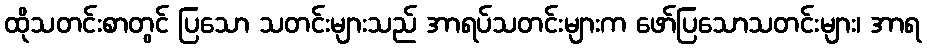
ထိုသတင်းစာတွင် ပြသော သတင်းများသည် အာရပ်သတင်းများက ဖော်ပြသောသတင်းများ၊ အာရ